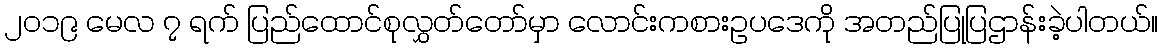
၂၀၁၉ မေလ ၇ ရက် ပြည်ထောင်စုလွှတ်တော်မှာ လောင်းကစားဥပဒေကို အတည်ပြုပြဌာန်းခဲ့ပါတယ်။